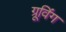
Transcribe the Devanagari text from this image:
ग्रूविंग